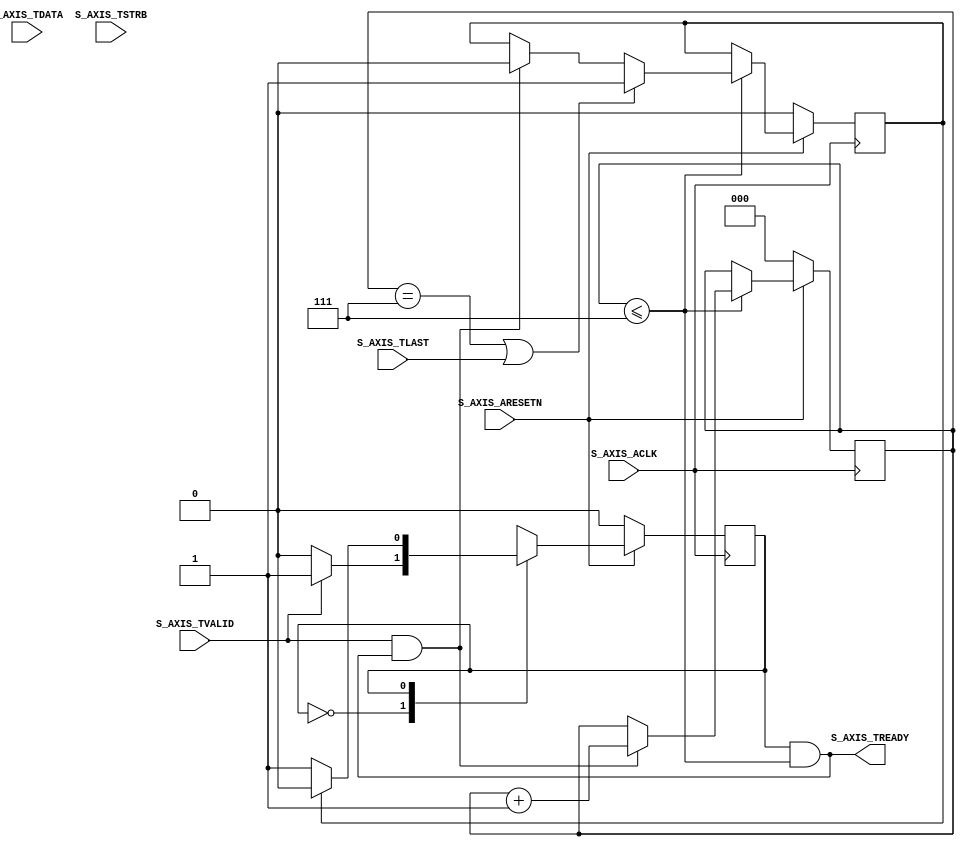
module daala_4x4_transpose_v1_0_S00_AXIS #
	(
		parameter integer C_S_AXIS_TDATA_WIDTH	= 32
	)
	(
		input wire  S_AXIS_ACLK,
		input wire  S_AXIS_ARESETN,
		output wire  S_AXIS_TREADY,
		input wire [C_S_AXIS_TDATA_WIDTH-1 : 0] S_AXIS_TDATA,
		input wire [(C_S_AXIS_TDATA_WIDTH/8)-1 : 0] S_AXIS_TSTRB,
		input wire  S_AXIS_TLAST,
		input wire  S_AXIS_TVALID
	);
	function integer clogb2 (input integer bit_depth);
	  begin
	    for(clogb2=0; bit_depth>0; clogb2=clogb2+1)
	      bit_depth = bit_depth >> 1;
	  end
	endfunction
	localparam NUMBER_OF_INPUT_WORDS  = 8;
	localparam bit_num  = clogb2(NUMBER_OF_INPUT_WORDS-1);
	parameter [1:0] IDLE = 1'b0,        
	                WRITE_FIFO  = 1'b1; 
	wire  	axis_tready;
	reg mst_exec_state;  
	genvar byte_index;     
	wire fifo_wren;
	reg fifo_full_flag;
	reg [bit_num-1:0] write_pointer;
	  reg writes_done;
	assign S_AXIS_TREADY	= axis_tready;
	always @(posedge S_AXIS_ACLK) 
	begin  
	  if (!S_AXIS_ARESETN) 
	    begin
	      mst_exec_state <= IDLE;
	    end  
	  else
	    case (mst_exec_state)
	      IDLE: 
	          if (S_AXIS_TVALID)
	            begin
	              mst_exec_state <= WRITE_FIFO;
	            end
	          else
	            begin
	              mst_exec_state <= IDLE;
	            end
	      WRITE_FIFO: 
	        if (writes_done)
	          begin
	            mst_exec_state <= IDLE;
	          end
	        else
	          begin
	            mst_exec_state <= WRITE_FIFO;
	          end
	    endcase
	end
	assign axis_tready = ((mst_exec_state == WRITE_FIFO) && (write_pointer <= NUMBER_OF_INPUT_WORDS-1));
	always@(posedge S_AXIS_ACLK)
	begin
	  if(!S_AXIS_ARESETN)
	    begin
	      write_pointer <= 0;
	      writes_done <= 1'b0;
	    end  
	  else
	    if (write_pointer <= NUMBER_OF_INPUT_WORDS-1)
	      begin
	        if (fifo_wren)
	          begin
	            write_pointer <= write_pointer + 1;
	            writes_done <= 1'b0;
	          end
	          if ((write_pointer == NUMBER_OF_INPUT_WORDS-1)|| S_AXIS_TLAST)
	            begin
	              writes_done <= 1'b1;
	            end
	      end  
	end
	assign fifo_wren = S_AXIS_TVALID && axis_tready;
	generate 
	  for(byte_index=0; byte_index<= (C_S_AXIS_TDATA_WIDTH/8-1); byte_index=byte_index+1)
	  begin:FIFO_GEN
	    reg  [(C_S_AXIS_TDATA_WIDTH/4)-1:0] stream_data_fifo [0 : NUMBER_OF_INPUT_WORDS-1];
	    always @( posedge S_AXIS_ACLK )
	    begin
	      if (fifo_wren)
	        begin
	          stream_data_fifo[write_pointer] <= S_AXIS_TDATA[(byte_index*8+7) -: 8];
	        end  
	    end  
	  end		
	endgenerate
	endmodule